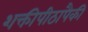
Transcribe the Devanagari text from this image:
शक्तीपीठापैकी